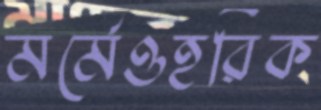
মর্মেওহরিক